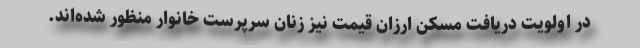
در اولویت دریافت مسکن ارزان قیمت نیز زنان سرپرست خانوار منظور شده‌اند.